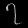
Digit: ၇